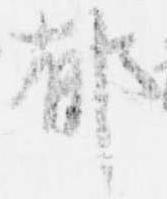
郁